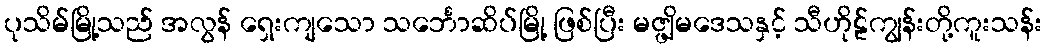
ပုသိမ်မြို့သည် အလွန် ရှေးကျသော သင်္ဘောဆိပ်မြို့ ဖြစ်ပြီး မဇ္ဖျိမဒေသနှင့် သီဟိုဠ်ကျွန်းတို့ကူးသန်း